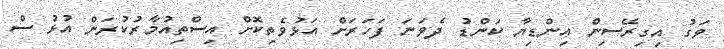
ވަގު އިގިރޭސިން އިންޑިޔާ ކަންޑު ދެވަނަ ފަހަރަށް އަޅުވެތިކޮށް އިސްތިއުމާރުކުރަން އުޅު ސް